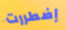
إضطررت